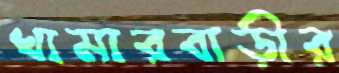
খামারবাড়ীর